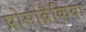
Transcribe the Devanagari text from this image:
प्रोसोब्रैकिया